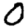
Digit: 0